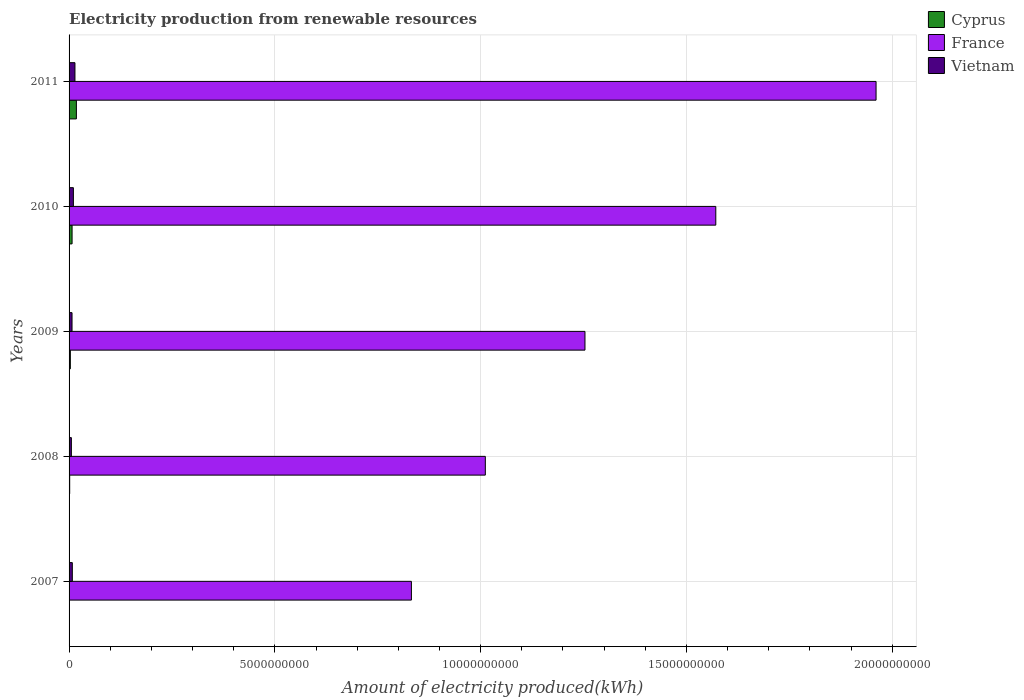
| Years | Cyprus | France | Vietnam |
 | --- | --- | --- | --- |
 | 2007 | 3e+06 | 8.32e+09 | 7.9e+07 |
 | 2008 | 1.5e+07 | 1.01e+10 | 5.6e+07 |
 | 2009 | 3.1e+07 | 1.25e+10 | 7.2e+07 |
 | 2010 | 7.3e+07 | 1.57e+10 | 1.05e+08 |
 | 2011 | 1.78e+08 | 1.96e+10 | 1.43e+08 |